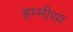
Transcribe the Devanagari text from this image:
हम्मीरय